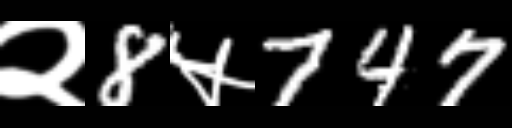
Text: २8५747